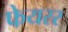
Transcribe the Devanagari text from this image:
फेयरर